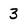
Character: 3